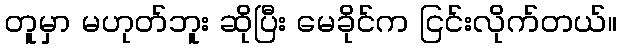
တူမှာ မဟုတ်ဘူး ဆိုပြီး မေခိုင်က ငြင်းလိုက်တယ်။